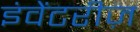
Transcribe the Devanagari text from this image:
इंवेंटरीज़